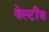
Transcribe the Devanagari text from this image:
वेल्टींस